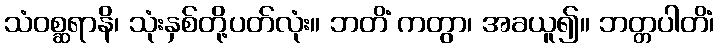
သံဝစ္ဆရာနိ၊ သုံးနှစ်တို့ပတ်လုံး။ ဘတိံ ကတွာ၊ အခယူ၍။ ဘတ္တပါတိံ၊